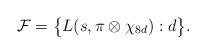
LaTeX: \begin{align*} \mathcal F = \big\{ L(s, \pi \otimes \chi_{8d}) : d \big\}.\end{align*}